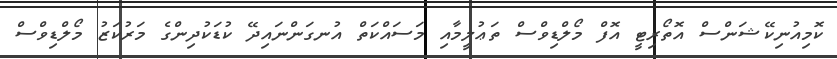
ކޮމިއުނިކޭޝަންސް އޮތޯރިޓީ އޮފް މޯލްޑިވްސް ތަޢުލީމާއި މަސައްކަތް އުނގަންނައިދޭ ކުޑަކުދިންގެ މަރުކަޒު މޯލްޑިވްސް